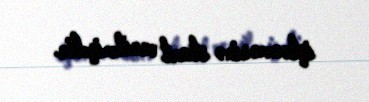
işlənməsinə start verilmişdir.